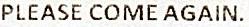
PLEASE COME AGAIN.